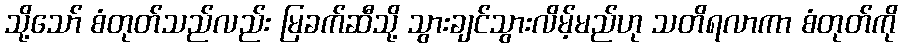
သို့သော် စံတုတ်သည်လည်း မြခက်ဆီသို့ သွားချင်သွားလိမ့်မည်ဟု သတိရလာကာ စံတုတ်ကို